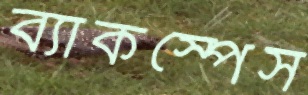
ব্যাকস্পেস